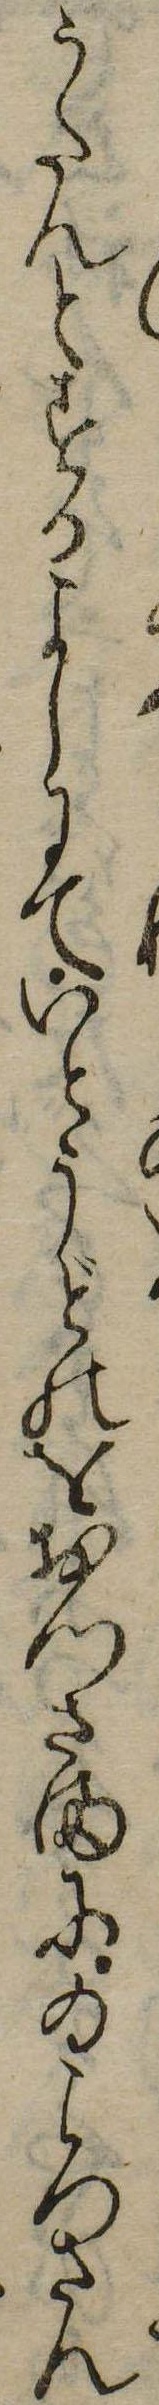
うたんとするよしにていとうどのをおつさまにゐころさん